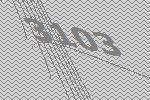
3103